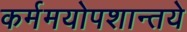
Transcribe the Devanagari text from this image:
कर्ममयोपशान्तये